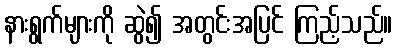
နားရွက်များကို ဆွဲ၍ အတွင်းအပြင် ကြည့်သည်။